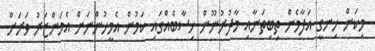
މިކަން ހިނގީ އަފާމެން ތިބިތަނާއި މާދުރުނޫން ހިސާބެއްގައި ކަމުން އެމީހުންނަށް އެމަންޒަރު ވަރަށް